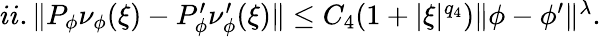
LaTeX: \begin{array}{r}{ii.\| P_{\phi}\nu_{\phi}(\xi)-P_{\phi}^{\prime}\nu_{\phi}^{\prime}(\xi)\| \le C_{4}(1+|\xi|^{q_{4}})\| \phi-\phi^{\prime}\| ^{\lambda}.}\end{array}